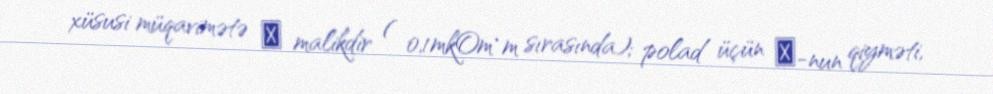
xüsusi müqavimətə ρ malikdir ( 0,1mkOm∙m sırasında); polad üçün ρ-nun qiyməti,